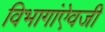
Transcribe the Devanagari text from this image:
विभागांऐवजी